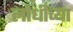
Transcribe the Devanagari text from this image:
लोधीच्या